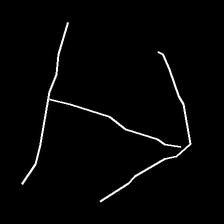
Glyph: levitation